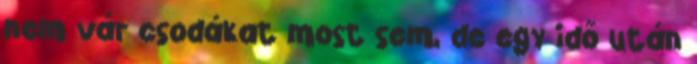
nem vár csodákat most sem, de egy idő után